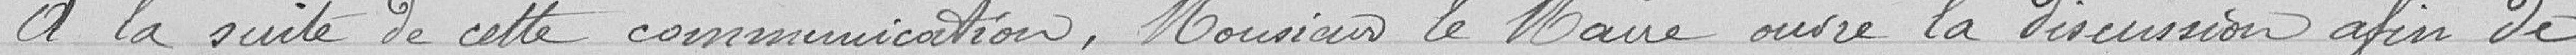
à la suite de cette communication, Monsieur le Maire ouvre la discussion afin de